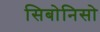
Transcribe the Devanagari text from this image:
सिबोनिसो